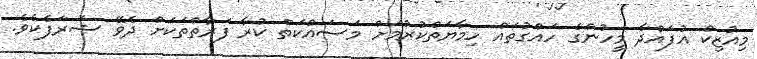
މިއުޒިކް އުފައްދާ މީހުންގެ ހައްގުތައް ހިމާޔަތްކުރުމަށް މަސައްކަތް ކުރާ ފަރާތްތަކަަށް ދެވޭ ޝަރަފެކެވެ.